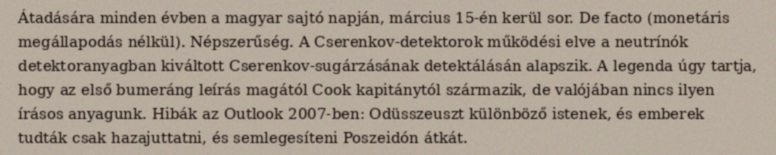
Átadására minden évben a magyar sajtó napján, március 15-én kerül sor. De facto (monetáris megállapodás nélkül). Népszerűség. A Cserenkov-detektorok működési elve a neutrínók detektoranyagban kiváltott Cserenkov-sugárzásának detektálásán alapszik. A legenda úgy tartja, hogy az első bumeráng leírás magától Cook kapitánytól származik, de valójában nincs ilyen írásos anyagunk. Hibák az Outlook 2007-ben: Odüsszeuszt különböző istenek, és emberek tudták csak hazajuttatni, és semlegesíteni Poszeidón átkát.